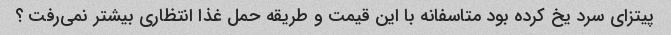
پیتزای سرد یخ کرده بود متاسفانه با این قیمت و طریقه حمل غذا انتظاری بیشتر نمی‌رفت ؟